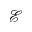
\mathcal { E }